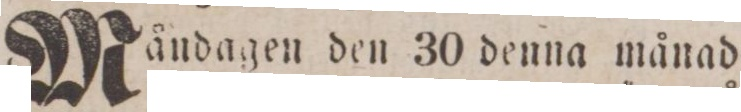
Måndagen den 30 denna månad